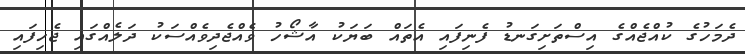
ދެމަހުގެ ކުއްޖެއްގެ އިސްތަށިގަނޑު ފެނިފައި އެތައް ބަޔަކު އާޝޯހު ވެއްޖެދިވެއްސަކު ދަލެއްގައި ޖެހިފައި